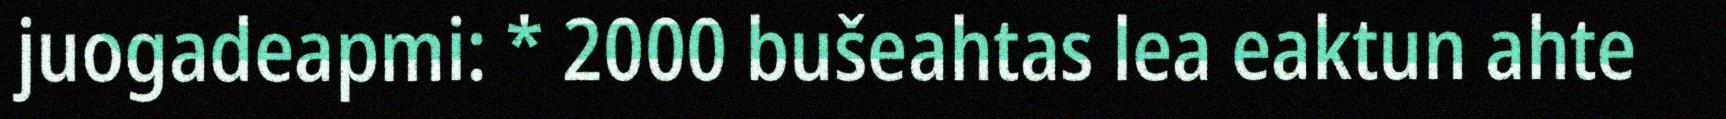
juogadeapmi: * 2000 bušeahtas lea eaktun ahte